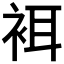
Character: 𧙫